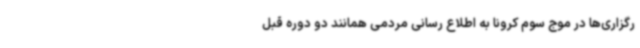
رگزاری‌ها در موج سوم کرونا به اطلاع رسانی مردمی همانند دو دوره قبل